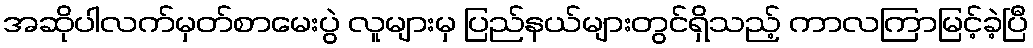
အဆိုပါလက်မှတ်စာမေးပွဲ လူများမှ ပြည်နယ်များတွင်ရှိသည့် ကာလကြာမြင့်ခဲ့ပြီ